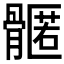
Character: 𮪳